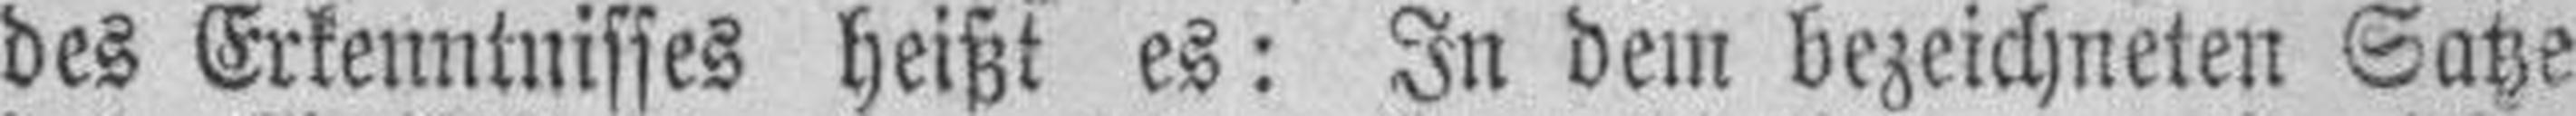
des Erkenntnisses heißt es: In dem bezeichneten Satze